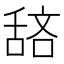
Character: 𫇖